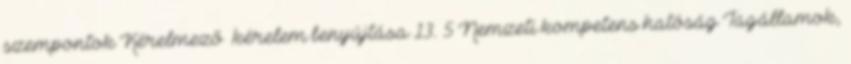
szempontok Kérelmező kérelem benyújtása 13. 5 Nemzeti kompetens hatóság Tagállamok,